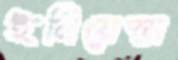
ইনিয়েস্তা